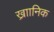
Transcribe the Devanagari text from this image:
ख्राानिक